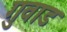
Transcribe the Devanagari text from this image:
गुवाड